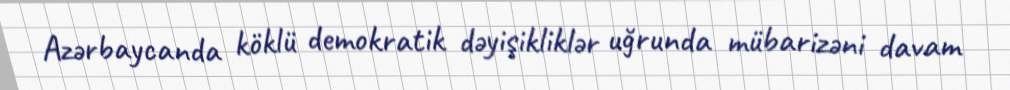
Azərbaycanda köklü demokratik dəyişikliklər uğrunda mübarizəni davam